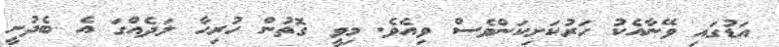
އަޑުގައި ވޭނާއެކު ހަރުކަށިކަންވެސް ވިއެވެ. މިވީ ގޮތުން ހުރިހާ ލަދެއްގަ އެ ބެދުނީ